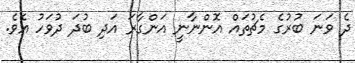
ދެ ވަނަ ބުރުގެ މެޗުތައް އޮންނާނީ އަންގާރަ އަދި ބުދަ ދުވަހު އެވެ.